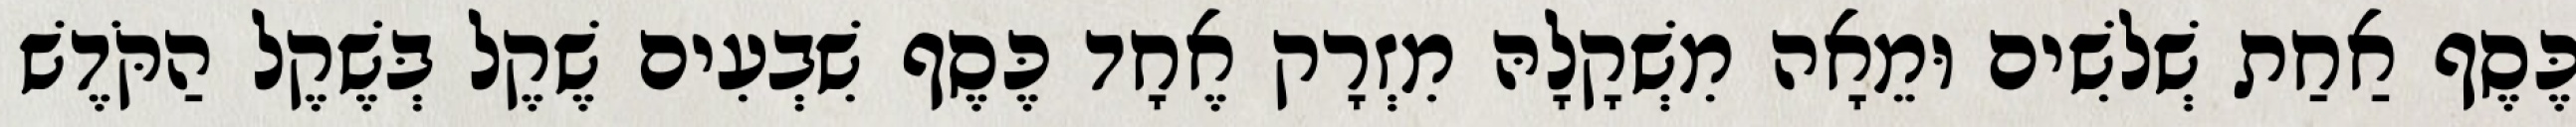
כֶּסֶף אַחַת שְׁלשִׁים וּמֵאָה מִשְׁקָלָהּ מִזְרָק אֶחָד כֶּסֶף שִׁבְעִים שֶׁקֶל בְּשֶׁקֶל הַקֹּדֶשׁ